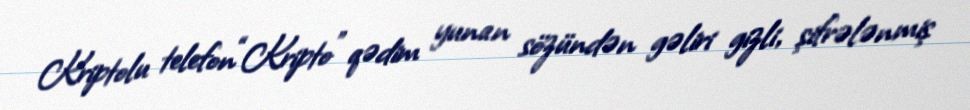
Kriptolu telefon“Kripto” qədim yunan sözündən gəliri gizli, şifrələnmiş